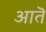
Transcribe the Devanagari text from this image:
आतॆ